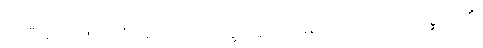
အသီးရှိသော။ သာခံ၊ အကိုင်းကို။ ဥက္ခိပိတွာဝါ၊ မြှောက်၍သော်၎င်း။ ဂစ္ဆတိ၊ ၏။